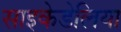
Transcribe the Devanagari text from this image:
साइकेडेलिया